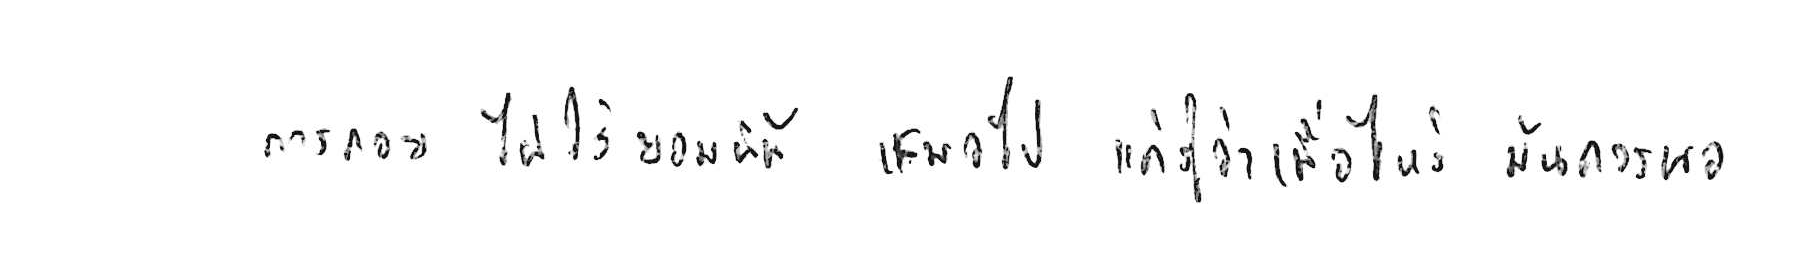
การถอย ไม่ใช่ยอมแพ้ เสมอไป แค่รู้ว่าเมื่อไหร่ มันควรพอ